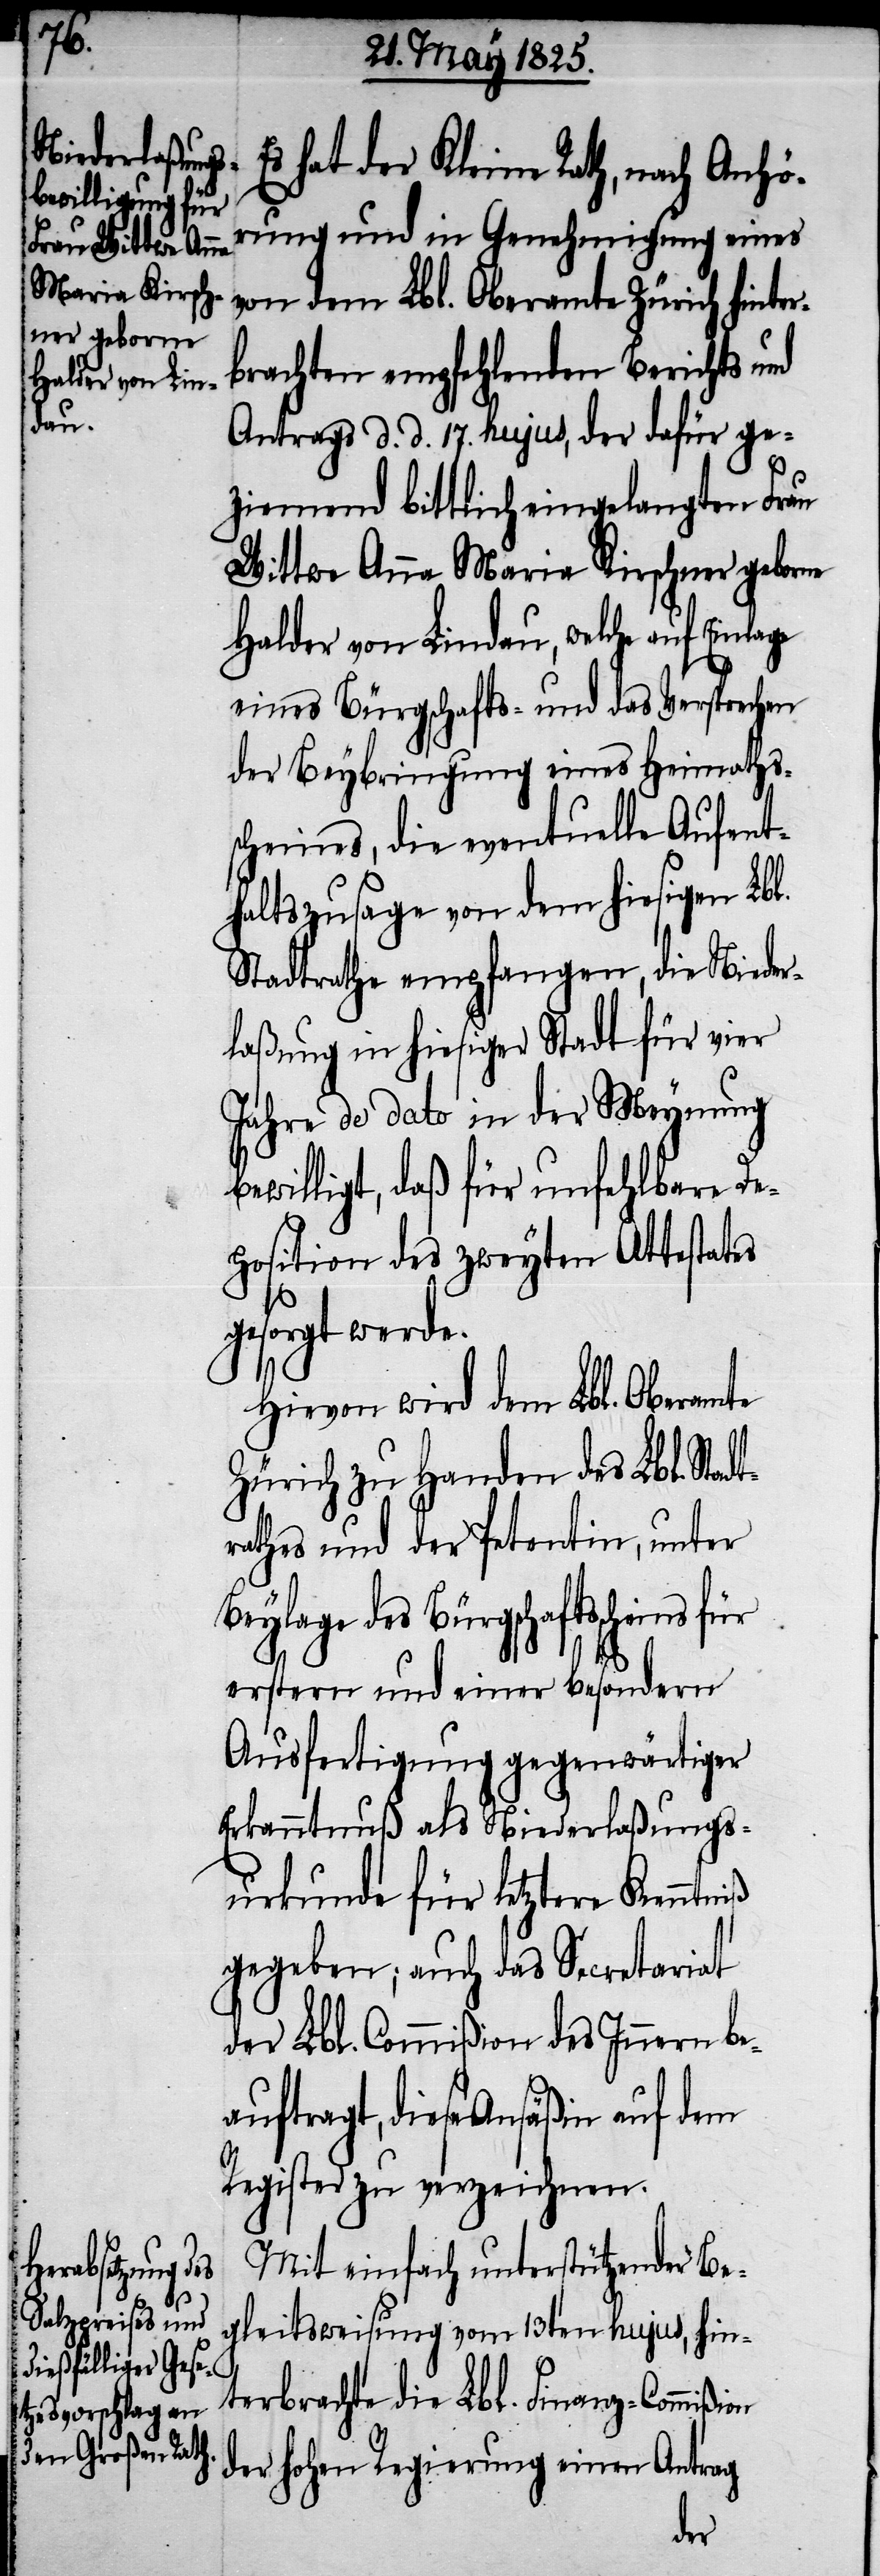
hat der Kleine Rath, nach Anhö¬
rung und in Genehmigung eines
von dem Lbl. Oberamte Zürich hinter¬
brachten empfehlenden Berichts und
Antrags d. d. 17. hujus, der dafür ge¬
ziemend bittlich eingelangten Frau
Wittwe Anna Maria Kirschner geborne
Halder von Lindau, welche auf Einla¬
eines Bürgschafts- und das Versprechen
der Beybringung eines Heimaths¬
scheines, die eventuelle Aufent¬
haltszusage von dem hiesigen Lbl.
Stadtrathe empfangen, die Nieder¬
laßung in hiesiger Stadt für vier
Jahre de dato in der Meynung
ewilligt, daß für unfehlbare De¬
position des zweyten Attestates
gesorgt werde.
Hievon wird dem Lbl. Oberamte
Zürich zu Handen des Lbl. Sta¬
rathes und der Petentin, unter
Beylage des Bürgschaftsscheine¬
s
erstern und einer besondern
Ausfertigung gegenwärtiger
Erkanntnuß als Niederlaßungs¬
urkunde für letztere Kenntniß
gegeben; auch das Secretariat
der Lbl. Commißion des Innern be¬
auftragt, diese Ansäßin auf dem
Register zu verzeichnen.
Mit einfach unterstützender Be¬
gleitsweisung vom 13ten hujus, hin¬
terbrachte die Lbl. Finanz-Commißion
der hohen Regierung einen Antrag